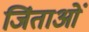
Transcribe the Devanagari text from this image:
जिंताओं